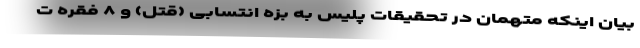
بیان اینکه متهمان در تحقیقات پلیس به بزه انتسابی (قتل) و ۸ فقره ت